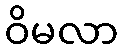
ဝိမလာ